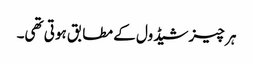
ہر چیز شیڈول کے مطابق ہوتی تھی۔